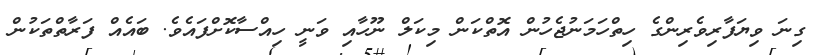
ގިނަ ވިޔަފާރިވެރިންގެ ހިިތްހަމަނުޖެހުން އޮތްކަން މިކަލް ނޫހާއި ވަނީ ހިއްސާކޮށްފައެވެ. ބައެއް ފަރާތްތަކުން